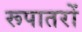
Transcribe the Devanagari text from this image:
रूपातरों